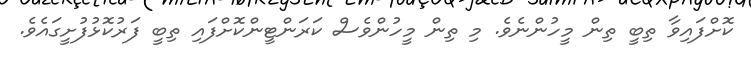
ކޮށްފައިވާ ތިބީ ތިން މީހުންނެވެ. މި ތިން މީހުންވެސް ކަރަންޓީންކޮށްފައި ތިބީ ފަރުކޮޅުފުށީގައެވެ.